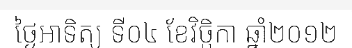
ថ្ងៃអាទិត្យ ទី០៤ ខែវិច្ឆិកា ឆ្នាំ២០១២